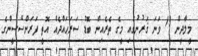
މީލާދީން 19 ވަނަ ޤަރުނުގައި މީގެ ތެރެއިން ބޮޑު ސަރަޙައްދެއް އޮތީ ފަރަންސޭސީންގެ